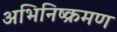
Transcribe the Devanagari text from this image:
अभिनिष्क्रमण